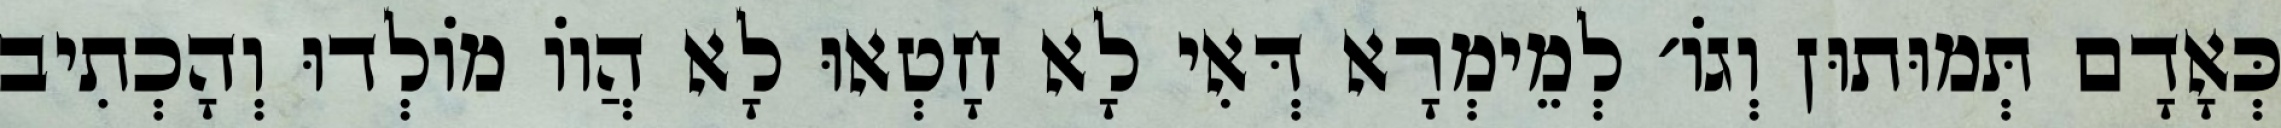
כְּאָדָם תְּמוּתוּן וְגוֹ׳ לְמֵימְרָא דְּאִי לָא חָטְאוּ לָא הֲווֹ מוֹלְדוּ וְהָכְתִיב